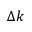
\Delta k